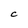
Character: c